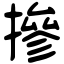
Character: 摻